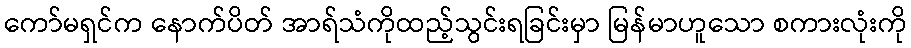
ကော်မရှင်က နောက်ပိတ် အာရ်သံကိုထည့်သွင်းရခြင်းမှာ မြန်မာဟူသော စကားလုံးကို